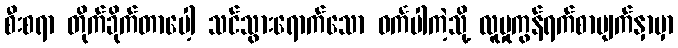
စီးစရာ တိုက်ခိုက်တာပေါ့ သင်သွားရောက်သော ဝင်္ကပါကဲ့သို့ လူမှုကွန်ရက်စာမျက်နှာမှာ